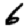
Digit: 6